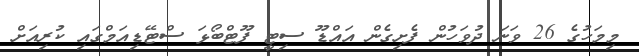
މިމަހުގެ 26 ވަނަ ދުވަހުން ފެށިގެން އައްޑޫ ސިޓީ ފޫޓްބޯޅަ ސްޓޭޑިއަމްގައި ކުރިއަށް